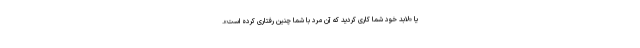
یا «لابد خود شما کاری کردید که آن مرد با شما چنین رفتاری کرده است».